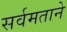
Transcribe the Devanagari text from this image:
सर्वमताने